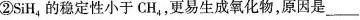
②SiH_{4}的稳定性小于CH，，更易生成氧化物，原因是___